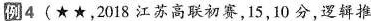
例4(★★，2018江苏高联初赛，15，10分，逻辑推